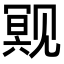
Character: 𬢒